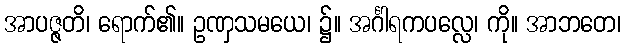
အာပဇ္ဇတိ၊ ရောက်၏။ ဥဏှသမယေ၊ ၌။ အင်္ဂါရကပလ္လေ၊ ကို။ အာဘတေ၊